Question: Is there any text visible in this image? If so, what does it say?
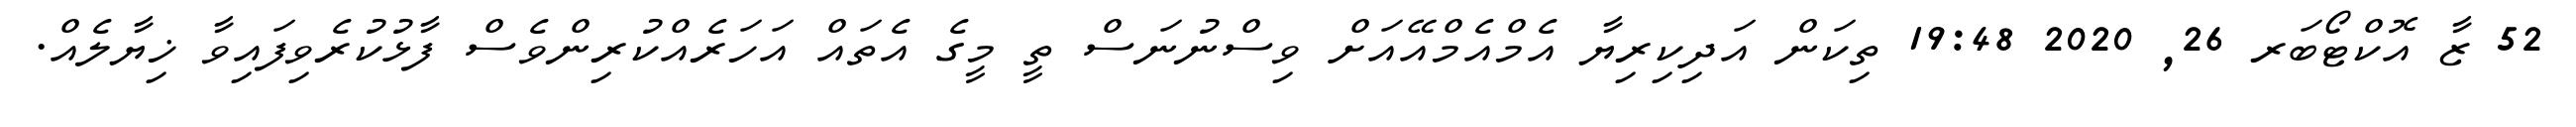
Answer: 52 ޒާ އޮކްޓޯބަރ 26, 2020 19:48 ތިކަން އަދިކިރިޔާ އެމްއެމްއޭއަށް ވިސްނުނަސް ތީ މީގެ އެތައް އަހަރެއްކުރިންވެސް ފާޅުކުރެވިފައިވާ ޚިޔާލެއް.